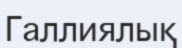
Галлиялық